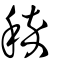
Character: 稡